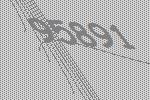
95891